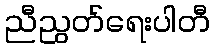
ညီညွတ်ရေးပါတီ